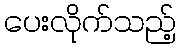
ပေးလိုက်သည့်